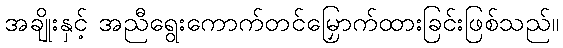
အချိုးနှင့် အညီရွေးကောက်တင်မြှောက်ထားခြင်းဖြစ်သည်။